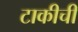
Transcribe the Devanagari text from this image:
टाकीची